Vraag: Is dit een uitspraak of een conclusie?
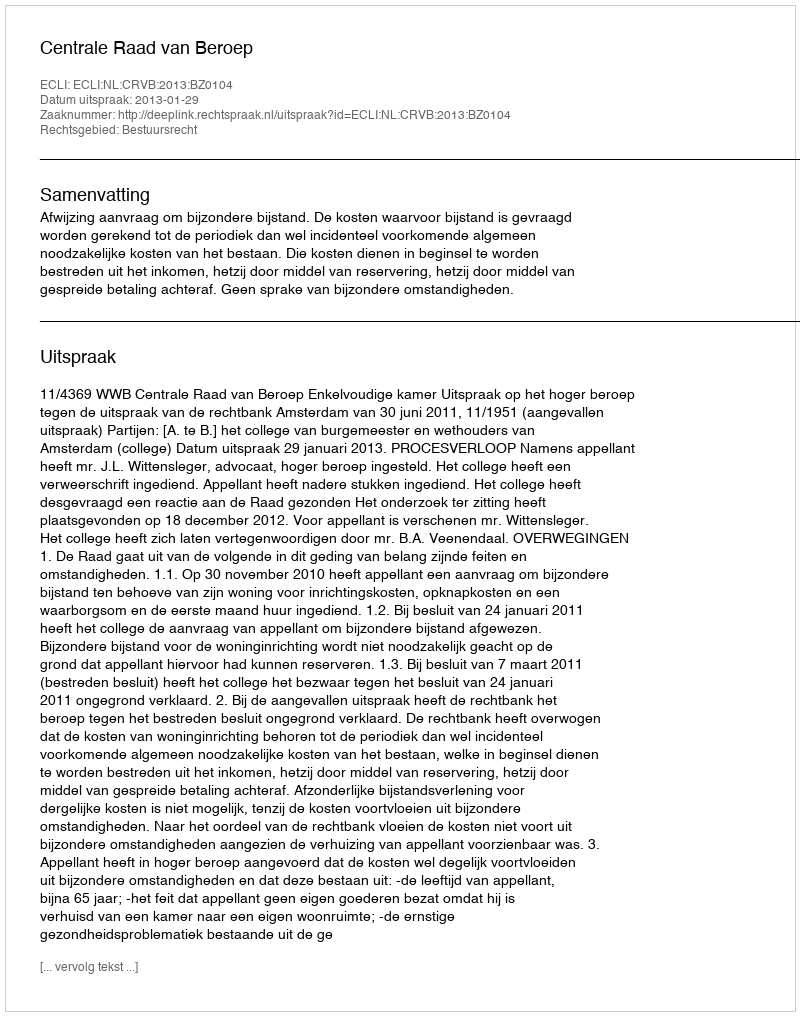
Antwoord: Uitspraak